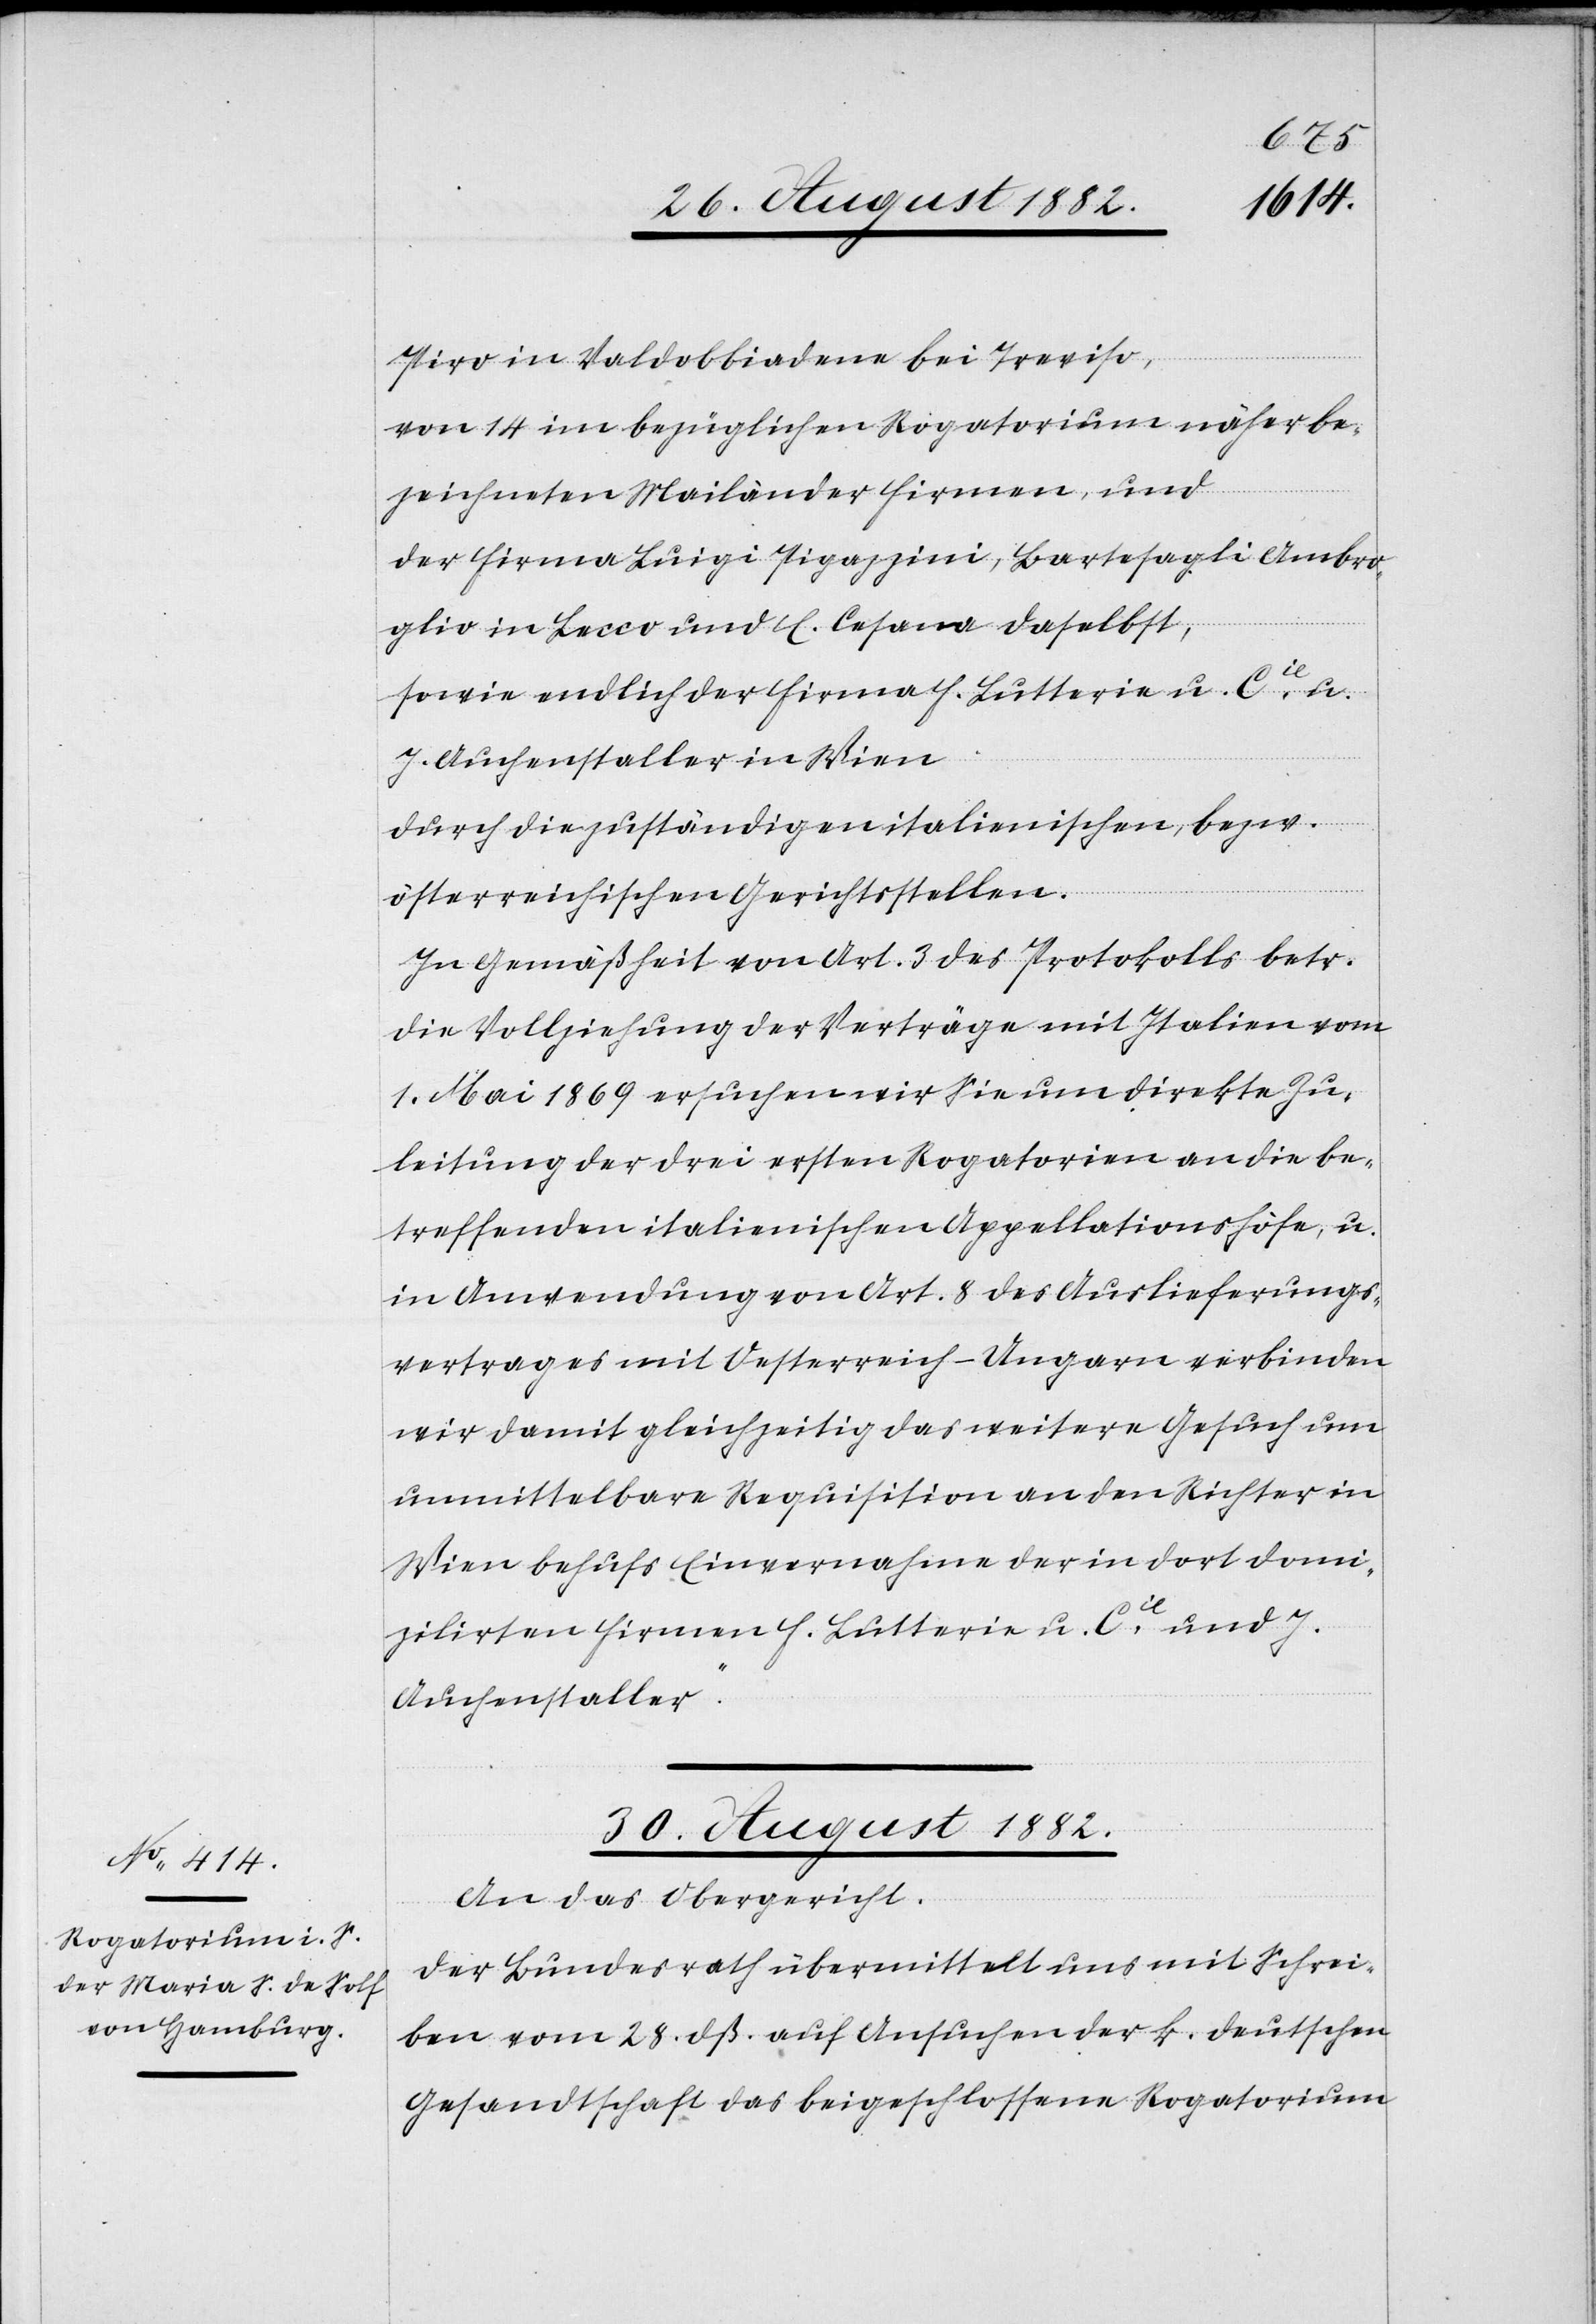
Piro in Valdobbiadena bei Treviso,
von 14 im bezüglichen Rogatorium näher be¬
zeichneten Mailänder Firmen, und
der Firma Luigi Pigazzini, Bartesagli Ambro¬
glio in Lecco und E. Cesana daselbst,
sowie endlich der Firma H. Lutterie u. Cie u.
J. Auchenstaller in Wien
durch die zuständigen italienischen, bezw.
österreichischen Gerichtsstellen.
In Gemäßheit von Art. 3 des Protokolls betr.
die Vollziehung der Verträge mit Italien vom
1. Mai 1869 ersuchen wir Sie um direkte Zu¬
leitung der drei ersten Rogatorien an die be¬
treffenden italienischen Appellationshöfe, u.
in Anwendung von Art. 8 des Auslieferungs¬
vertrages mit Oesterreich-Ungarn verbinden
wir damit gleichzeitig das weitere Gesuch um
unmittelbare Requisition an den Richter in
Wien behufs Einvernahme der in dort domi¬
zilierten Firmen H. Lutterie u Cie und J.
Auchenstaller.“
30. August 1882.
An das Obergericht:
„Der Bundesrath übermittelt uns mit Schrei¬
ben vom 28. dß. auf Ansuchen der k. deutschen
Gesandtschaft das beigeschlossene Rogatorium